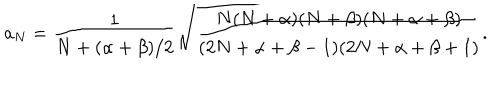
a _ { N } = { \frac { 1 } { N + ( \alpha + \beta ) / 2 } } \sqrt { { \frac { N ( N + \alpha ) ( N + \beta ) ( N + \alpha + \beta ) } { ( 2 N + \alpha + \beta - 1 ) ( 2 N + \alpha + \beta + 1 ) } } } .